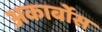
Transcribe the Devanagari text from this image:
अकार्बोस